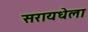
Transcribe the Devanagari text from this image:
सरायधेला